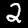
Label: 2